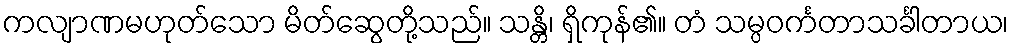
ကလျာဏမဟုတ်သော မိတ်ဆွေတို့သည်။ သန္တိ၊ ရှိကုန်၏။ တံ သမ္ပဝင်္ကတာသင်္ခါတာယ၊